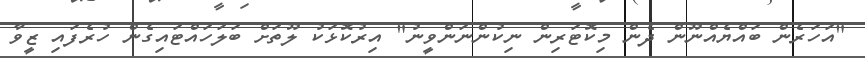
"އަހަރެން ބައްޔެއްނޫން ދެން މިކޮޓަރިން ނިކުންނަންވީނު" އިރުކޮޅަކު ލޫތަށް ބަލަހައްޓައިގެން ހުރެފައި ޒީވާ